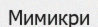
Мимикри